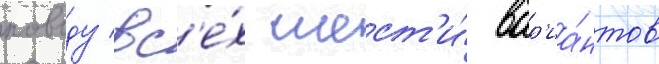
поводу вс'е́х шест'и́ вар'иа́нтов